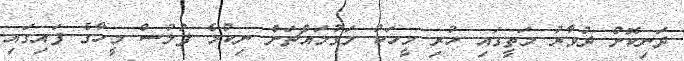
ދަނިކޮށް ދުވާރު މަތީގައި ހުރި މީހަކު މަގުމައްޗަށް ނިކުމެ ފުލުސް މީހާގެ ފައިގައި